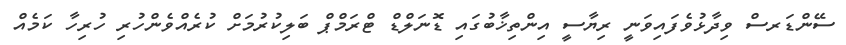
ސޭންޑަރސް ވިދާޅުވެފައިވަނީ ރިޔާސީ އިންތިޚާބުގައި ޑޮނަލްޑް ޓްރަމްޕް ބަލިކުރުމަށް ކުރެއްވެންހުރި ހުރިހާ ކަމެއް